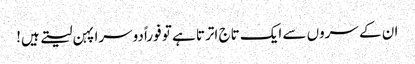
ان کے سروں سے ایک تاج اترتا ہے تو فوراً دوسرا پہن لیتے ہیں!